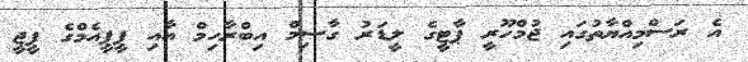
އެ ރަސްމިއްޔާތުގައި ޖުމްހޫރީ ޕާޓީގެ ލީޑަރު ގާސިމް އިބްރާހިމް އާއި ޕީޕީއެމްގެ ޕީޖީ